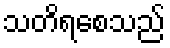
သတိရစေသည်